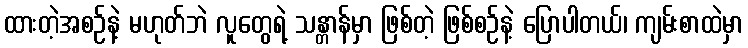
ထားတဲ့အစဉ်နဲ့ မဟုတ်ဘဲ လူတွေရဲ့ သန္တာန်မှာ ဖြစ်တဲ့ ဖြစ်စဉ်နဲ့ ပြောပါတယ်၊ ကျမ်းစာထဲမှာ